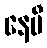
နေမီ